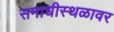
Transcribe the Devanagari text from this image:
समाधीस्थळावर